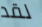
لقد